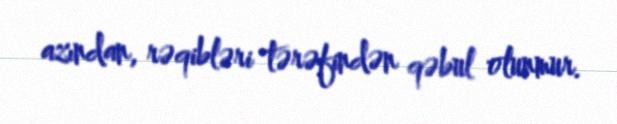
azından, rəqibləri tərəfindən qəbul olunmur.